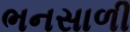
ભનસાળી